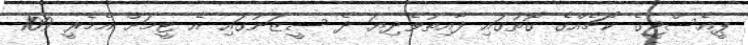
ޕީއެސްޖީގެ ކޯޗެއްގެ ގޮތުގައި ފާއިތުވެދިޔަ ދެ ސީޒަނުގައި އެ ޓީމަށް އެމެރީ 109